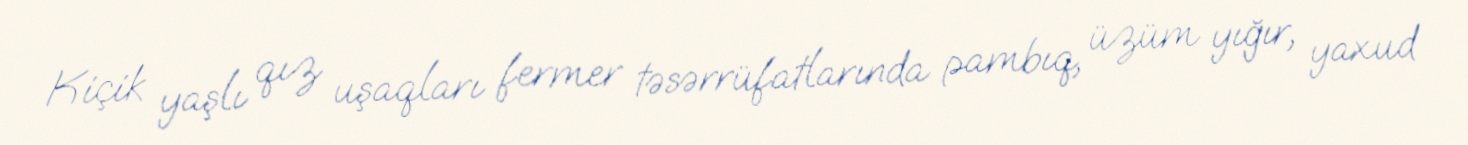
Kiçik yaşlı qız uşaqları fermer təsərrüfatlarında pambıq, üzüm yığır, yaxud